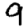
Digit: 9